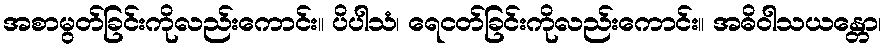
အစာမွတ်ခြင်းကိုလည်းကောင်း။ ပိပါသံ၊ ရေငတ်ခြင်းကိုလည်းကောင်း။ အဓိဝါသယန္တော၊